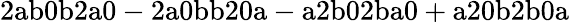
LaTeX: \mathrm{2ab0b2a0-2a0bb20a-a2b02ba0+a20b2b0a}